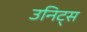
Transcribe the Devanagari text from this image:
उनिट्स